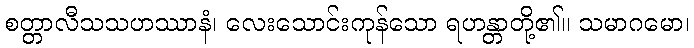
စတ္တာလီသသဟဿာနံ၊ လေးသောင်းကုန်သော ရဟန္တာတို့၏။ သမာဂမော၊